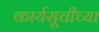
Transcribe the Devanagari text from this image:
कार्यसूचीच्या